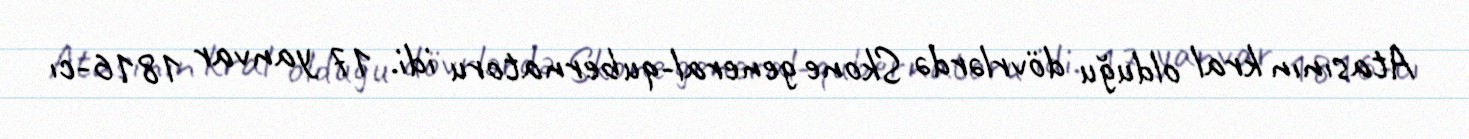
Atasının kral olduğu dövrlərdə Skone general-qubernatoru idi. 17 yanvar 1816-cı